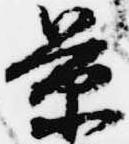
景